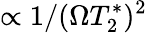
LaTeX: \propto 1/(\Omega T_{2}^{*})^{2}